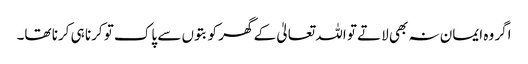
اگر وہ ایمان نہ بھی لاتے تو اللہ تعالیٰ کے گھر کو بتوں سے پاک تو کرنا ہی کرنا تھا۔